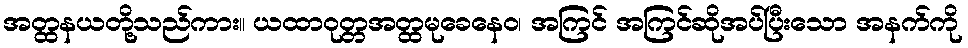
အတ္ထနယတို့သည်ကား။ ယထာဝုတ္တအတ္ထမုခေနေဝ၊ အကြင် အကြင်ဆိုအပ်ပြီးသော အနက်ကို